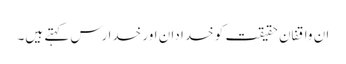
ان واقفانِ حقیقت کو خدا دان اور خدا رس کہتے ہیں۔